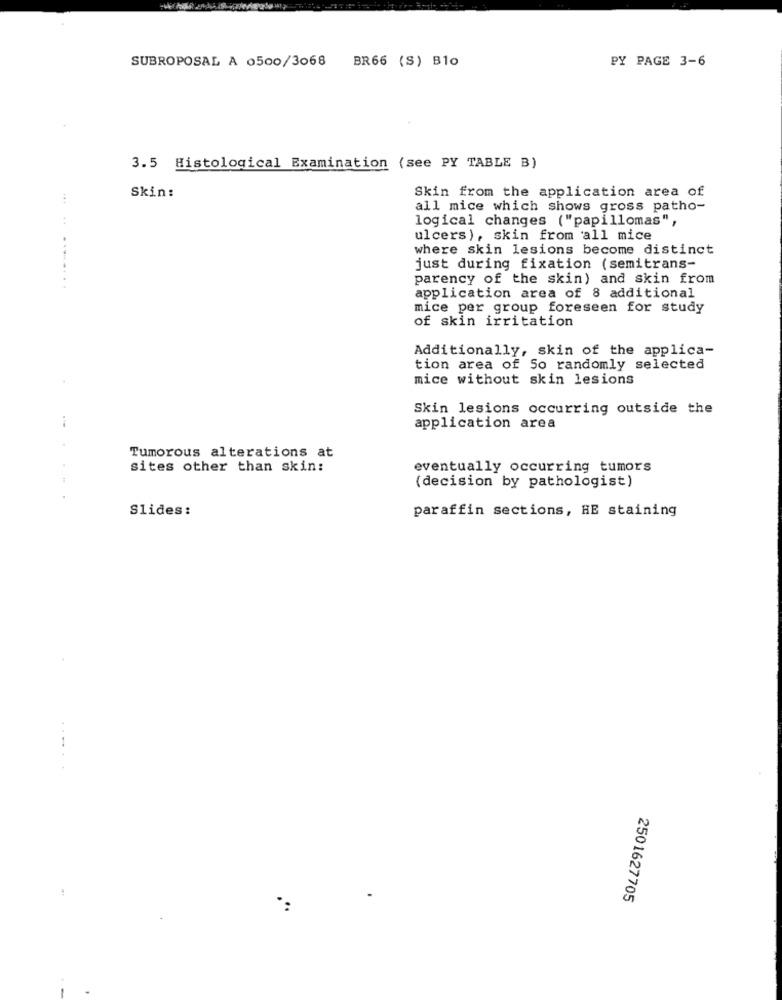
SUBROPOSAL A 0500/3068
BR66 (S) B10
PY PAGE 3-6
3.5 Histological Examination (see PY TABLE B)
Skin from the application area of
Skin:
all mice which shows gross patho-
logical changes ("papillomas",
ulcers), skin from all mice
where skin lesions become distinct
...
just during fixation (semitrans-
parency of the skin) and skin from
application area of 8 additional
mice per group foreseen for study
of skin irritation
Additionally, skin of the applica-
tion area of So randomly selected
mice without skin lesions
Skin lesions occurring outside the
application area
Tumorous alterations at
sites other than skin:
eventually occurring tumors
(decision by pathologist)
Slides:
paraffin sections, HE staining
2501627705